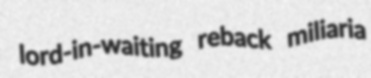
lord-in-waiting reback miliaria